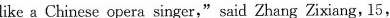
like a Chinese opera singer,"said Zhang Zixiang, 15,